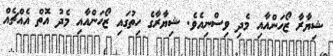
ޝިޔާރާ ޒޯހަންއާއި މެދި ވިސްނިއެވެ. ޝިޔާރާގެ ހިތުގައި ޒޯހަންއާއި މެދު އޮތް އެއްޗެއް